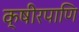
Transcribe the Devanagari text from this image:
क्षीरपाणि